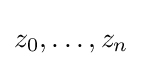
z_{0},\dots ,z_{n}